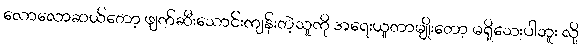
လောလောဆယ်တော့ ဖျက်ဆီးသောင်းကျန်းတဲ့သူကို အရေးယူတာမျိုးတော့ မရှိသေးပါဘူး လို့